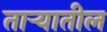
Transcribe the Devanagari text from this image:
ताऱ्यातील